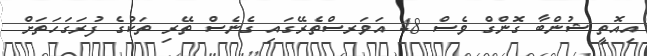
އިއޮތީ ޝުންބާ ގޮންގް ވެސް 48 އަވަރސްތެރޭގައި ގެނެސް ތޭރި ތަކުގެ ފުރަގަހަތަށް